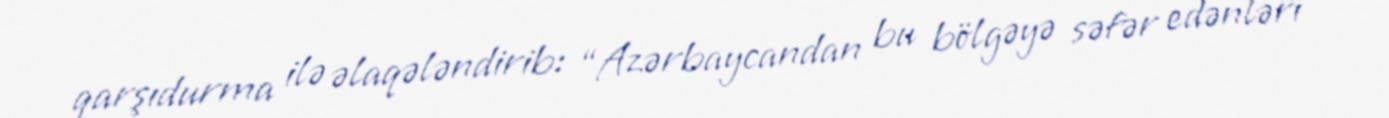
qarşıdurma ilə əlaqələndirib: “Azərbaycandan bu bölgəyə səfər edənləri